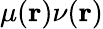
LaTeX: \mu(\mathbf{r})\nu(\mathbf{r})